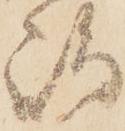
嶋